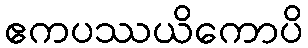
ဧကပဿယိကောပိ